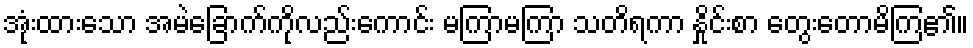
အုံးထားသော အမဲခြောက်ကိုလည်းကောင်း မကြာမကြာ သတိရကာ နှိုင်းစာ တွေးတောမိကြ၏။